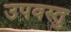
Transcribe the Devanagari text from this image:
उपवस्तु